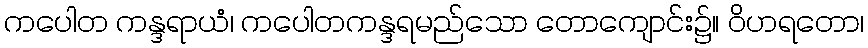
ကပေါတ ကန္ဒရာယံ၊ ကပေါတကန္ဒရမည်သော တောကျောင်း၌။ ဝိဟရတော၊